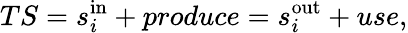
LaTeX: TS=s_{i}^{\mathrm{in}}+produce=s_{i}^{\mathrm{out}}+use,